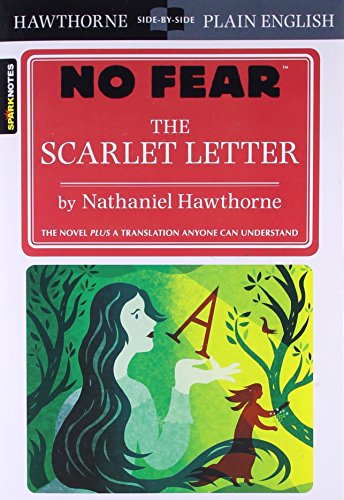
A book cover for The Scarlet Letter (SparkNotes: No Fear); SparkNotes (EDT); Literature & Fiction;